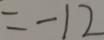
= - 1 2